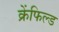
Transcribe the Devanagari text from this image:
क्रेंफिल्ड